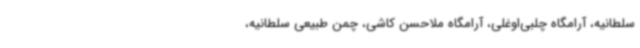
سلطانیه، آرامگاه چلبی‌اوغلی، آرامگاه ملاحسن کاشی، چمن طبیعی سلطانیه،